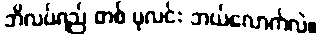
ဘိလပ်ရည် တစ် ပုလင်း ဘယ်လောက်လဲ။